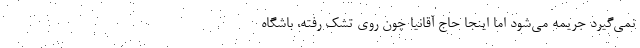
نمی‌گیرد جریمه می‌شود اما اینجا حاج آقانیا چون روی تشک رفته، باشگاه